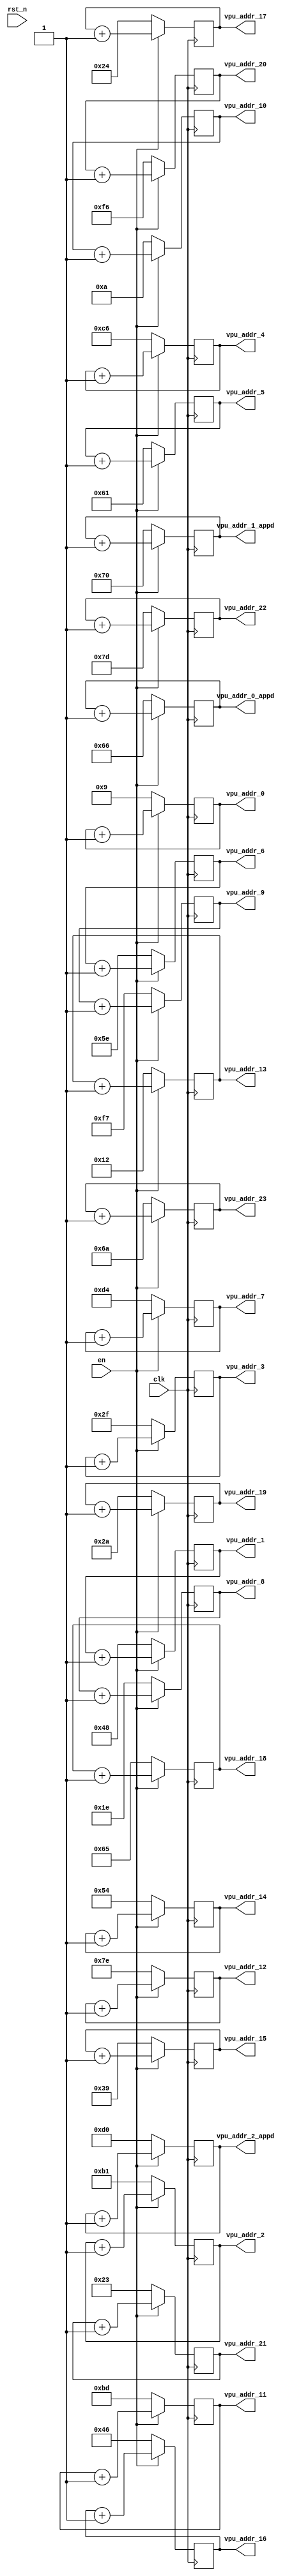
// =============================================================================
// @File         :  vpu_addr_gen.v
// @Author       :  Jiangxuan Li
// @Created      :  2022/1/18 11:48:36
// @Description  :  addr generator for VPU
// 
// -----------------------------------------------------------------------------
// History
// -----------------------------------------------------------------------------
// Ver  :| Author  :| Mod. Date          :| Changes Made :|
// 0.1   | Jx L     | 2022/1/18 11:48:36 | original
// =============================================================================

module vpu_addr_gen #(
	parameter ADDR_WIDTH = 8
)(
	input clk,    // Clock
	input en,
	input rst_n,  // Asynchronous reset active low
	
	output reg [ADDR_WIDTH-1:0] vpu_addr_0 ,
	output reg [ADDR_WIDTH-1:0] vpu_addr_1 ,
	output reg [ADDR_WIDTH-1:0] vpu_addr_2 ,
	output reg [ADDR_WIDTH-1:0] vpu_addr_3 ,
	output reg [ADDR_WIDTH-1:0] vpu_addr_4 ,
	output reg [ADDR_WIDTH-1:0] vpu_addr_5 ,
	output reg [ADDR_WIDTH-1:0] vpu_addr_6 ,
	output reg [ADDR_WIDTH-1:0] vpu_addr_7 ,
	output reg [ADDR_WIDTH-1:0] vpu_addr_8 ,
	output reg [ADDR_WIDTH-1:0] vpu_addr_9 ,
	output reg [ADDR_WIDTH-1:0] vpu_addr_10,
	output reg [ADDR_WIDTH-1:0] vpu_addr_11,
	output reg [ADDR_WIDTH-1:0] vpu_addr_12,
	output reg [ADDR_WIDTH-1:0] vpu_addr_13,
	output reg [ADDR_WIDTH-1:0] vpu_addr_14,
	output reg [ADDR_WIDTH-1:0] vpu_addr_15,
	output reg [ADDR_WIDTH-1:0] vpu_addr_16,
	output reg [ADDR_WIDTH-1:0] vpu_addr_17,
	output reg [ADDR_WIDTH-1:0] vpu_addr_18,
	output reg [ADDR_WIDTH-1:0] vpu_addr_19,
	output reg [ADDR_WIDTH-1:0] vpu_addr_20,
	output reg [ADDR_WIDTH-1:0] vpu_addr_21,
	output reg [ADDR_WIDTH-1:0] vpu_addr_22,
	output reg [ADDR_WIDTH-1:0] vpu_addr_23,

	output reg [ADDR_WIDTH-1:0] vpu_addr_0_appd,
	output reg [ADDR_WIDTH-1:0] vpu_addr_1_appd,
	output reg [ADDR_WIDTH-1:0] vpu_addr_2_appd
);

localparam  row_start_0  = 9;
localparam  row_start_1  = 72;
localparam  row_start_2  = 177;
localparam  row_start_3  = 47;
localparam  row_start_4  = 198;
localparam  row_start_5  = 97;
localparam  row_start_6  = 94;
localparam  row_start_7  = 212;
localparam  row_start_8  = 30;
localparam  row_start_9  = 247;
localparam  row_start_10 = 10;
localparam  row_start_11 = 189;
localparam  row_start_12 = 126;
localparam  row_start_13 = 18;
localparam  row_start_14 = 84;
localparam  row_start_15 = 57;
localparam  row_start_16 = 70;
localparam  row_start_17 = 36;
localparam  row_start_18 = 101;
localparam  row_start_19 = 42;
localparam  row_start_20 = 246;
localparam  row_start_21 = 35;
localparam  row_start_22 = 125;
localparam  row_start_23 = 106;

localparam  row_start_0_appd = 102;
localparam  row_start_1_appd = 112;
localparam  row_start_2_appd = 208;

// 

// =============================================================================
//                          vpu addr generator
// =============================================================================
// 

always @(posedge clk) begin
	if (en == 1'b1)  begin
		vpu_addr_0 <= vpu_addr_0 + 1'b1;
	end
	else
		vpu_addr_0 <= row_start_0;
end

always @(posedge clk) begin
	if (en == 1'b1)  begin
		vpu_addr_1 <= vpu_addr_1 + 1'b1;
	end
	else
		vpu_addr_1 <= row_start_1;
end

always @(posedge clk) begin
	if (en == 1'b1)  begin
		vpu_addr_2 <= vpu_addr_2 + 1'b1;
	end
	else
		vpu_addr_2 <= row_start_2;
end

always @(posedge clk) begin
	if (en == 1'b1)  begin
		vpu_addr_3 <= vpu_addr_3 + 1'b1;
	end
	else
		vpu_addr_3 <= row_start_3;
end

always @(posedge clk) begin
	if (en == 1'b1)  begin
		vpu_addr_4 <= vpu_addr_4 + 1'b1;
	end
	else
		vpu_addr_4 <= row_start_4;
end

always @(posedge clk) begin
	if (en == 1'b1)  begin
		vpu_addr_5 <= vpu_addr_5 + 1'b1;
	end
	else
		vpu_addr_5 <= row_start_5;
end

always @(posedge clk) begin
	if (en == 1'b1)  begin
		vpu_addr_6 <= vpu_addr_6 + 1'b1;
	end
	else
		vpu_addr_6 <= row_start_6;
end

always @(posedge clk) begin
	if (en == 1'b1)  begin
		vpu_addr_7 <= vpu_addr_7 + 1'b1;
	end
	else
		vpu_addr_7 <= row_start_7;
end

always @(posedge clk) begin
	if (en == 1'b1)  begin
		vpu_addr_8 <= vpu_addr_8 + 1'b1;
	end
	else
		vpu_addr_8 <= row_start_8;
end

always @(posedge clk) begin
	if (en == 1'b1)  begin
		vpu_addr_9 <= vpu_addr_9 + 1'b1;
	end
	else
		vpu_addr_9 <= row_start_9;
end

always @(posedge clk) begin
	if (en == 1'b1)  begin
		vpu_addr_10 <= vpu_addr_10 + 1'b1;
	end
	else
		vpu_addr_10 <= row_start_10;
end

always @(posedge clk) begin
	if (en == 1'b1)  begin
		vpu_addr_11 <= vpu_addr_11 + 1'b1;
	end
	else
		vpu_addr_11 <= row_start_11;
end

always @(posedge clk) begin
	if (en == 1'b1)  begin
		vpu_addr_12 <= vpu_addr_12 + 1'b1;
	end
	else
		vpu_addr_12 <= row_start_12;
end

always @(posedge clk) begin
	if (en == 1'b1)  begin
		vpu_addr_13 <= vpu_addr_13 + 1'b1;
	end
	else
		vpu_addr_13 <= row_start_13;
end

always @(posedge clk) begin
	if (en == 1'b1)  begin
		vpu_addr_14 <= vpu_addr_14 + 1'b1;
	end
	else
		vpu_addr_14 <= row_start_14;
end

always @(posedge clk) begin
	if (en == 1'b1)  begin
		vpu_addr_15 <= vpu_addr_15 + 1'b1;
	end
	else
		vpu_addr_15 <= row_start_15;
end

always @(posedge clk) begin
	if (en == 1'b1)  begin
		vpu_addr_16 <= vpu_addr_16 + 1'b1;
	end
	else
		vpu_addr_16 <= row_start_16;
end

always @(posedge clk) begin
	if (en == 1'b1)  begin
		vpu_addr_17 <= vpu_addr_17 + 1'b1;
	end
	else
		vpu_addr_17 <= row_start_17;
end

always @(posedge clk) begin
	if (en == 1'b1)  begin
		vpu_addr_18 <= vpu_addr_18 + 1'b1;
	end
	else
		vpu_addr_18 <= row_start_18;
end

always @(posedge clk) begin
	if (en == 1'b1)  begin
		vpu_addr_19 <= vpu_addr_19 + 1'b1;
	end
	else
		vpu_addr_19 <= row_start_19;
end

always @(posedge clk) begin
	if (en == 1'b1)  begin
		vpu_addr_20 <= vpu_addr_20 + 1'b1;
	end
	else
		vpu_addr_20 <= row_start_20;
end

always @(posedge clk) begin
	if (en == 1'b1)  begin
		vpu_addr_21 <= vpu_addr_21 + 1'b1;
	end
	else
		vpu_addr_21 <= row_start_21;
end

always @(posedge clk) begin
	if (en == 1'b1)  begin
		vpu_addr_22 <= vpu_addr_22 + 1'b1;
	end
	else
		vpu_addr_22 <= row_start_22;
end

always @(posedge clk) begin
	if (en == 1'b1)  begin
		vpu_addr_23 <= vpu_addr_23 + 1'b1;
	end
	else
		vpu_addr_23 <= row_start_23;
end

// appd gen

always @(posedge clk) begin
	if (en == 1'b1)  begin
		vpu_addr_0_appd <= vpu_addr_0_appd + 1'b1;
	end
	else
		vpu_addr_0_appd <= row_start_0_appd;
end

always @(posedge clk) begin
	if (en == 1'b1)  begin
		vpu_addr_1_appd <= vpu_addr_1_appd + 1'b1;
	end
	else
		vpu_addr_1_appd <= row_start_1_appd;
end

always @(posedge clk) begin
	if (en == 1'b1)  begin
		vpu_addr_2_appd <= vpu_addr_2_appd + 1'b1;
	end
	else
		vpu_addr_2_appd <= row_start_2_appd;
end

endmodule